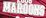
MAROOHS